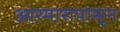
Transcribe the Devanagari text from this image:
आरमारापासून